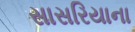
સાસરિયાના